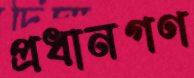
প্রধানগণ